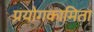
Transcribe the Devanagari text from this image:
प्रयोगकामिता